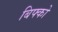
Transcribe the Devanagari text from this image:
बिफ्को